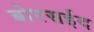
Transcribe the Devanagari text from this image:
बोरसईद